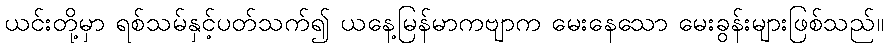
ယင်းတို့မှာ ရစ်သမ်နှင့်ပတ်သက်၍ ယနေ့မြန်မာကဗျာက မေးနေသော မေးခွန်းများဖြစ်သည်။